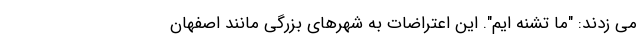
می زدند: "ما تشنه ایم". این اعتراضات به شهرهای بزرگی مانند اصفهان